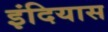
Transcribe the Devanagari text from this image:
इंदियास